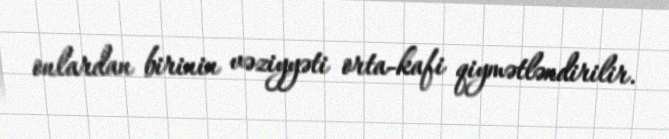
onlardan birinin vəziyyəti orta-kafi qiymətləndirilir.